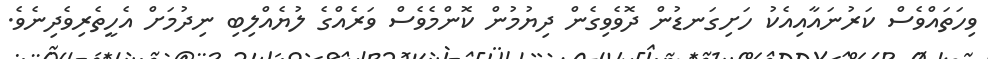
ވިހަތައްވެސް ކަރުނައާއިއެކު ހަށިގަނޑުން ދޮވެވިގެން ދިޔުމުން ކޮންމެވެސް ވަރެއްގެ ލުޔެއްލިބި ނިދުމަށް އެހީތެރިވެދިނެވެ.